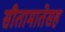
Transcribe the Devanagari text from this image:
सीतामातेसह